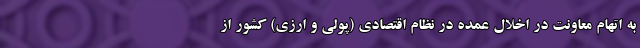
به اتهام معاونت در اخلال عمده در نظام اقتصادی (پولی و ارزی) کشور از